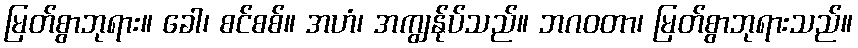
မြတ်စွာဘုရား။ ခေါ၊ စင်စစ်။ အဟံ၊ အကျွန်ုပ်သည်။ ဘဂဝတာ၊ မြတ်စွာဘုရားသည်။